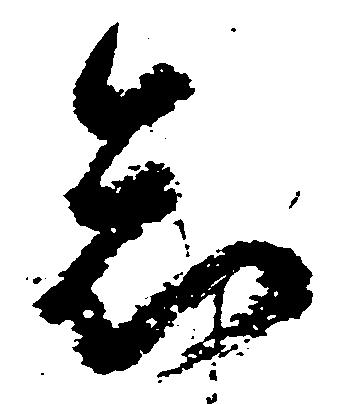
怠